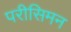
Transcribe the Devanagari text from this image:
परीसिमन